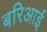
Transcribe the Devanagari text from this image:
बरिआई